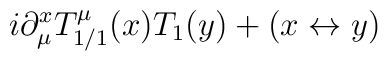
i \partial_\mu^x T_{1/1}^\mu (x)T_1(y) + (x \leftrightarrow y)